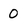
Character: 0